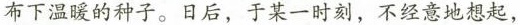
布下温暖的种子，日后，于某一时刻，不经意地想起，